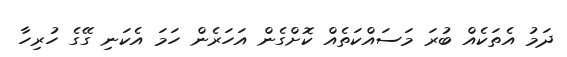
ދަމު އެތަކެއް ބުރަ މަސައްކަތެއް ކޮށްގެން އަހަރެން ހަމަ އެކަނި ގޭގެ ހުރިހާ